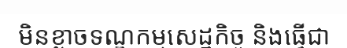
មិនខ្លាចទណ្ឌកម្មសេដ្ឋកិច្ច និងធ្វើជា